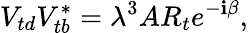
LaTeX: V_{td}V_{tb}^{\ast}=\lambda^{3}AR_{t}e^{-\mathbf{i}\beta},